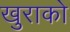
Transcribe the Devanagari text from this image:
खुराको